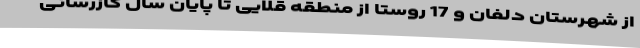
از شهرستان دلفان و 17 روستا از منطقه قلایی تا پایان سال گازرسانی